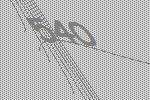
540